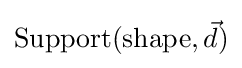
\mathrm {Support} (\mathrm {shape} ,{\vec {d}})